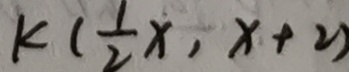
k ( \frac { 1 } { 2 } x , x + 2 )